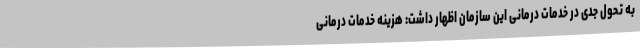
به تحول جدی در خدمات درمانی این سازمان اظهار داشت: هزینه خدمات درمانی